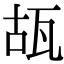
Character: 瓳